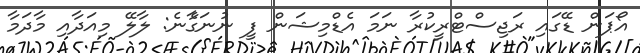
އޯޕަން ޑޭގައި ރަޖިސްޓްރީކުރާ ނަމަ އެޑްމިޝަން ފީ ނުނަގާެނެ: ލާލޭ މިއަދާއި މާދަމާ